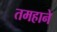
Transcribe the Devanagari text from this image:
तमहाने